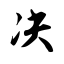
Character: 决